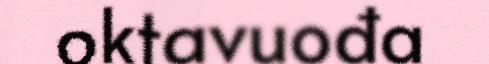
oktavuođa